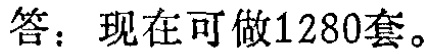
答：现在可做1280套。